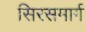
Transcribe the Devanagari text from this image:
सिरसमार्ग